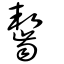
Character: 齧